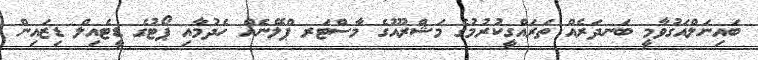
ބައިނަލްއަގުވާމީ ބަނދަރެއް ތަރައްގީކުރުުމުގެ މަޝްރޫއުގެ މާސްޓަރ ޕްލޭނެއް ހެދުމާއި ޕޯޓުގެ ޑީޓެއިލް ޑިޒައިން